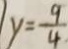
y = \frac { 9 } { 4 }